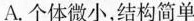
A.个体微小，结构简单